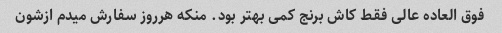
فوق العاده عالی فقط کاش برنج کمی بهتر بود. منکه هرروز سفارش میدم ازشون